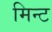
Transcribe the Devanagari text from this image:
मिन्‍ट